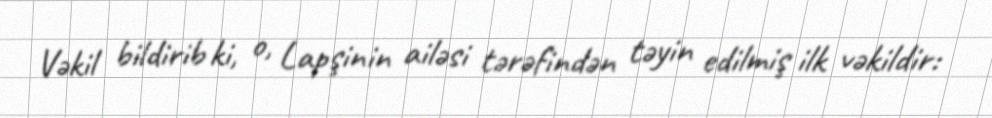
Vəkil bildirib ki, o, Lapşinin ailəsi tərəfindən təyin edilmiş ilk vəkildir: